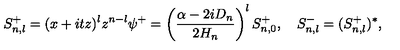
S _ { n , l } ^ { + } = ( x + i t z ) ^ { l } z ^ { n - l } \psi ^ { + } = \left( \frac { \alpha - 2 i D _ { n } } { 2 H _ { n } } \right) ^ { l } S _ { n , 0 } ^ { + } , \quad S _ { n , l } ^ { - } = ( S _ { n , l } ^ { + } ) ^ { * } ,